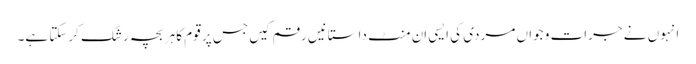
انہوں نے جرات و جواں مردی کی ایسی اَن منٹ داستانیں رقم کیں جس پر قوم کا ہر بچہ رشک کرسکتا ہے۔